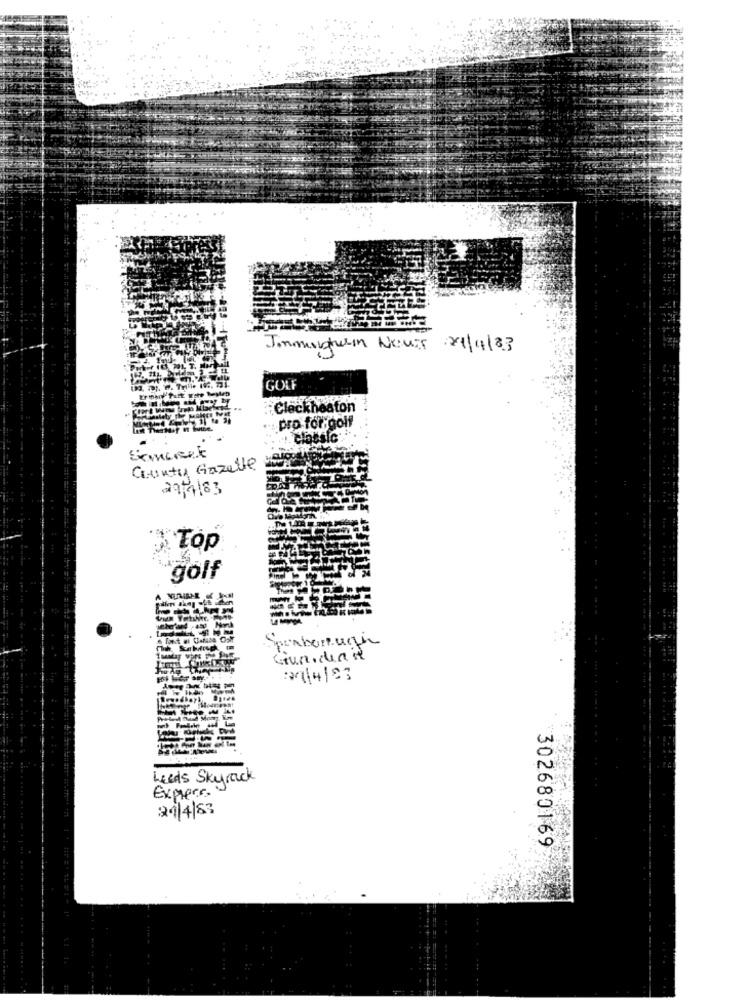
Janmartarin Nous 21/4/83
GOLF
Clackheaton
pro for golf
Samcenk
Cuntis Gazelle
29/1183
Top
golf
Giuridiait
21/4/23
Leeds Skyrack
Expert
21/4/83
302680169